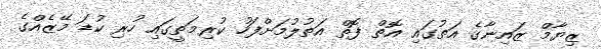
ޒިޔާމް ޒައިނާގެ އަތުގައި އޮތް ފޮތް އަތުލުމަށްފަހު ކުރިމަތީގައި ހުރި ކުޑަ މޭޒެއްގެ